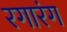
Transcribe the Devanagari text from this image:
रगारंग